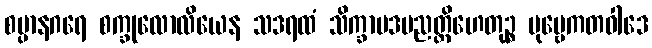
စမ္ပာနဂရေ စက္ခုလောလိယေန သဒရထံ သိက္ခာပဒပညတ္တိဟေတုဉ္စ ပုဗ္ဗေကတဝါဒေ